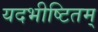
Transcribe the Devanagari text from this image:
यदभीष्टितम्